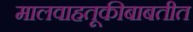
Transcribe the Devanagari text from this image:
मालवाहतूकीबाबतीत